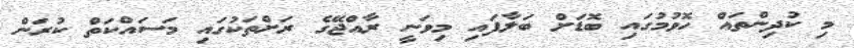
މި ކުދިންތައް ހޮވުމުގައި ބޮޑަށް ބަލާފައި މިވަނީ ރާއްޖޭގެ ރަށްތަކުގައި މަސައްކަތް ކުރަން